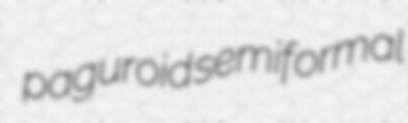
paguroid semiformal